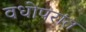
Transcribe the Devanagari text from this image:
वधोपरांत